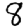
Digit: 8